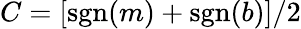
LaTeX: C=[\mathrm{sgn}(m)+\mathrm{sgn}(b)]/2